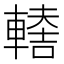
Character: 𨎈